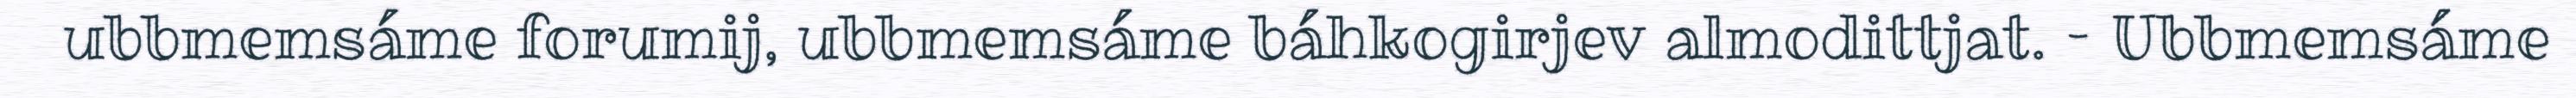
ubbmemsáme forumij, ubbmemsáme báhkogirjev almodittjat. – Ubbmemsáme